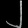
Digit: ၂